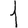
Digit: 1